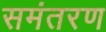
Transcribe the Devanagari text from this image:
समंतरण